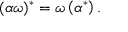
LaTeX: ( \alpha \omega ) ^ { * } = \omega \left( \alpha ^ { * } \right) .